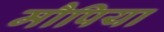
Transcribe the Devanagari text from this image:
मौपिया